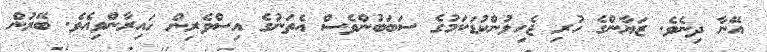
އޭނާ ދިނެވެ. ޒަޔާންގެ ހުރި ޖެހިލުންކުޑަކަމުގެ ސަބަބުންވެސް އެތަނުގެ އިސްވެރިން ހައިރާންވިއެވެ. ބޭރުން